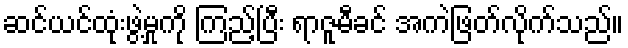
ဆင်ယင်ထုံးဖွဲ့မှုကို ကြည့်ပြီး ရာဇူမီခင် အကဲဖြတ်လိုက်သည်။